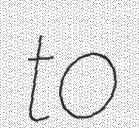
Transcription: to